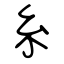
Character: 糸